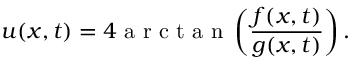
u ( x , t ) = 4 \mathrm { ~ a ~ r ~ c ~ t ~ a ~ n ~ } \left( \frac { f ( x , t ) } { g ( x , t ) } \right) .